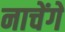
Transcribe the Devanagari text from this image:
नाचेंगे